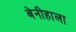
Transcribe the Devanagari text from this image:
बेनीहाला